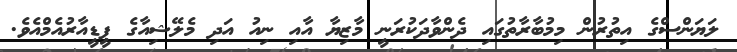
ލަޔަންސްގެ އިތުރުން މިމުބާރާތުގައި ދެންވާދަކުރަނީ މާޒިޔާ އާއި ނިއު އަދި މެލޭޝިއާގެ ޕީޑީއާރުއެމްއެވެ.